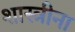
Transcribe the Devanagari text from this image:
शास्त्रीना